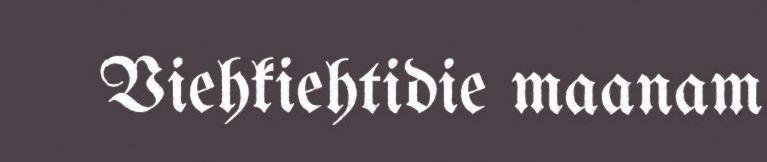
Viehkiehtidie maanam